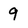
Character: 9